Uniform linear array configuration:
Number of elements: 8
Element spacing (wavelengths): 0.5
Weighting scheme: uniform
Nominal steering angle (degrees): -60
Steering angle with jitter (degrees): -58.044
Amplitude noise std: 0.05
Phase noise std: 0.05

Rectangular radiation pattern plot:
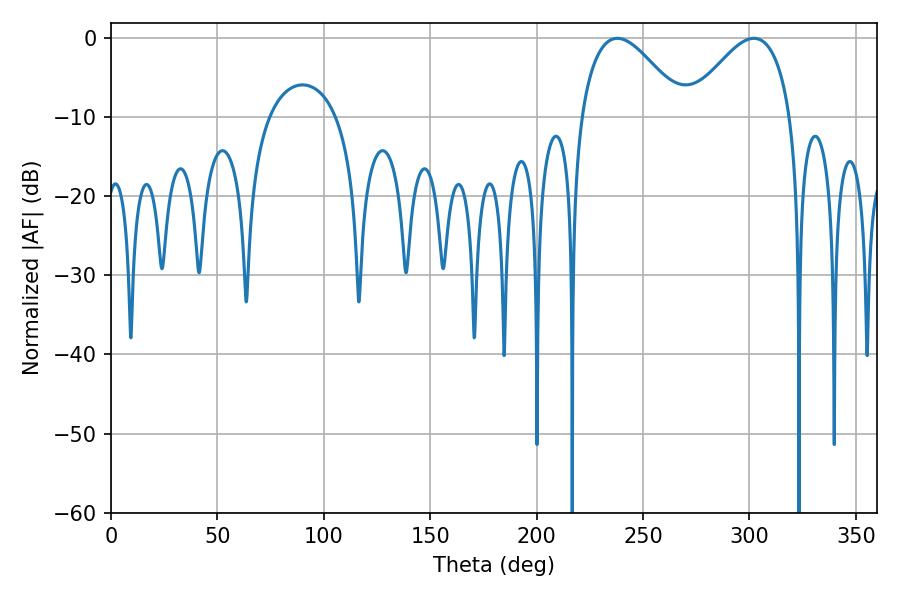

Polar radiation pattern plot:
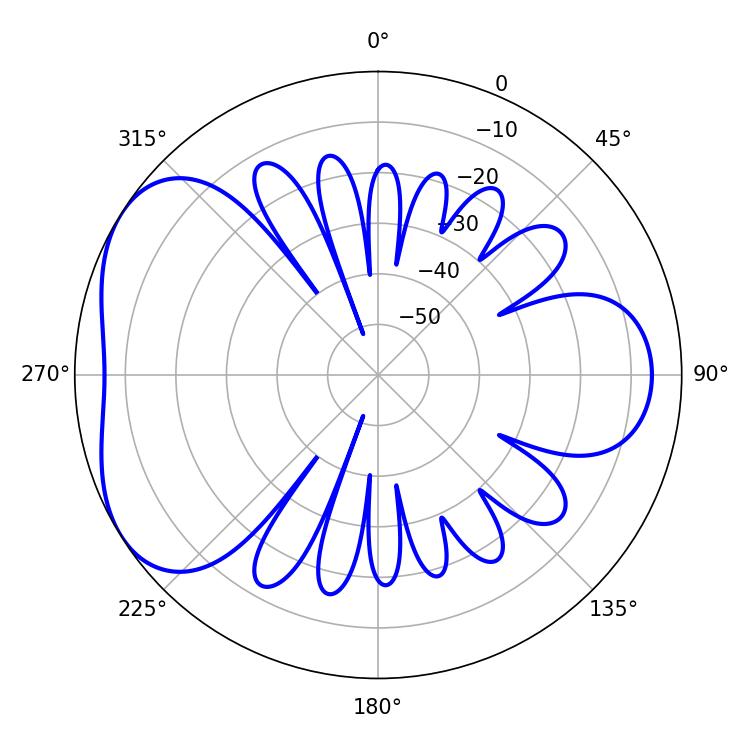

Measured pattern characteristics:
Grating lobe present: FALSE
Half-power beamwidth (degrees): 26.1
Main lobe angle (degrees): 237.96